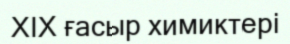
XIX ғасыр химиктері